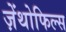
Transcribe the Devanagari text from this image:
ज़ेंथोफिल्स